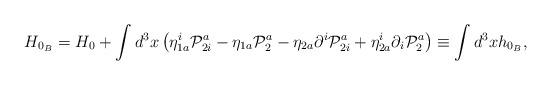
LaTeX: \begin{align*}H_{0_{B}}=H_{0}+\int d^{3}x\left( \eta _{1a}^{i}\mathcal{P}_{2i}^{a}-\eta_{1a}\mathcal{P}_{2}^{a}-\eta _{2a}\partial ^{i}\mathcal{P}_{2i}^{a}+\eta_{2a}^{i}\partial _{i}\mathcal{P}_{2}^{a}\right) \equiv \int d^{3}xh_{0_{B}},\end{align*}